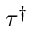
\tau ^ { \dagger }